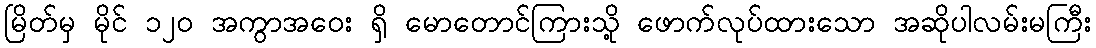
မြိတ်မှ မိုင် ၁၂၀ အကွာအဝေး ရှိ မောတောင်ကြားသို့ ဖောက်လုပ်ထားသော အဆိုပါလမ်းမကြီး